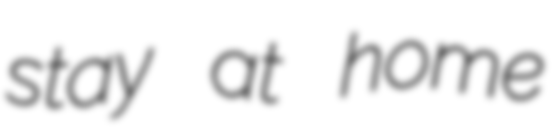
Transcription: stay at home